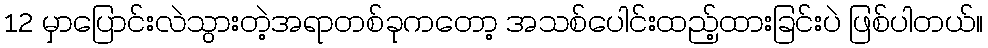
12 မှာပြောင်းလဲသွားတဲ့အရာတစ်ခုကတော့ အသစ်ပေါင်းထည့်ထားခြင်းပဲ ဖြစ်ပါတယ်။